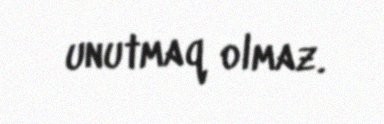
unutmaq olmaz.